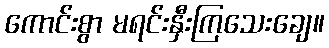
ကောင်းစွာ မရင်းနှီးကြသေးချေ။